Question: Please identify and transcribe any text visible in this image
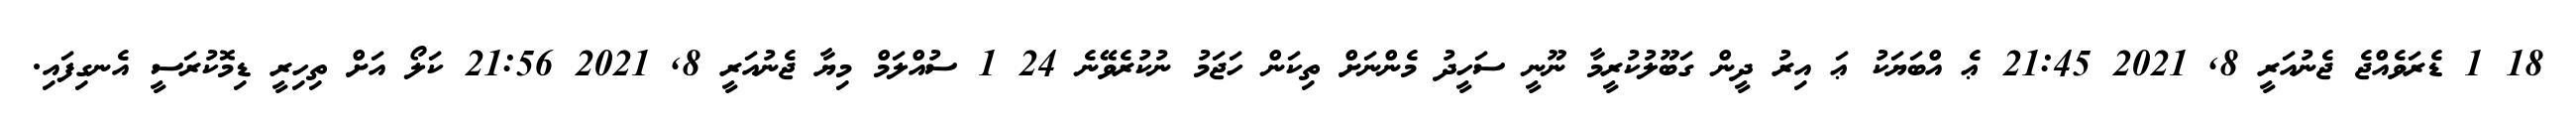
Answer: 18 1 ޑެރަވެއްޖެ ޖެނުއަރީ 8, 2021 21:45 ޢެ އްބަޔަކު ޢަ އިރު ދީން ގަބޫލުކުރީމާ ނޫނީ ސަހީދު މެންނަށް ތިކަން ހަޖަމު ނުކުރެވޭނެ 24 1 ސުއްލަމް މިޔާ ޖެނުއަރީ 8, 2021 21:56 ކަލޯ އަށް ތިހިރީ ޑިމޮކުރަސީ އެނގިފައި.